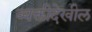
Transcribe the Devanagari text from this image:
व्यक्तीदेखील